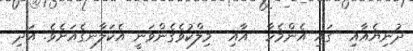
ދުނިޔެއާއި  ގައި އެންމެހާ  އާއި  މިލްކުވެގެންވަނީ އެކަލާނގެއަށެވެ. އަދި